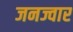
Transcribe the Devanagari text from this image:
जनज्वार